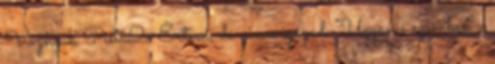
Voznyák Pista2: Értem, de nincs igazad. "Ugyanis szemben a